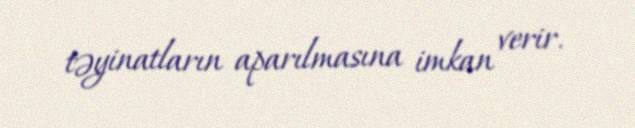
təyinatların aparılmasına imkan verir.